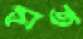
প্রত